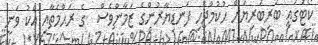
ކޯޓުަގައި ބަރިބަރިޔަށް ޙުކުމްޖެހި ފަނޑިޔާރުންގެ ޒަމާންވެސް  ގެ ރަޙްމަތާއި އެކު ވަނީ